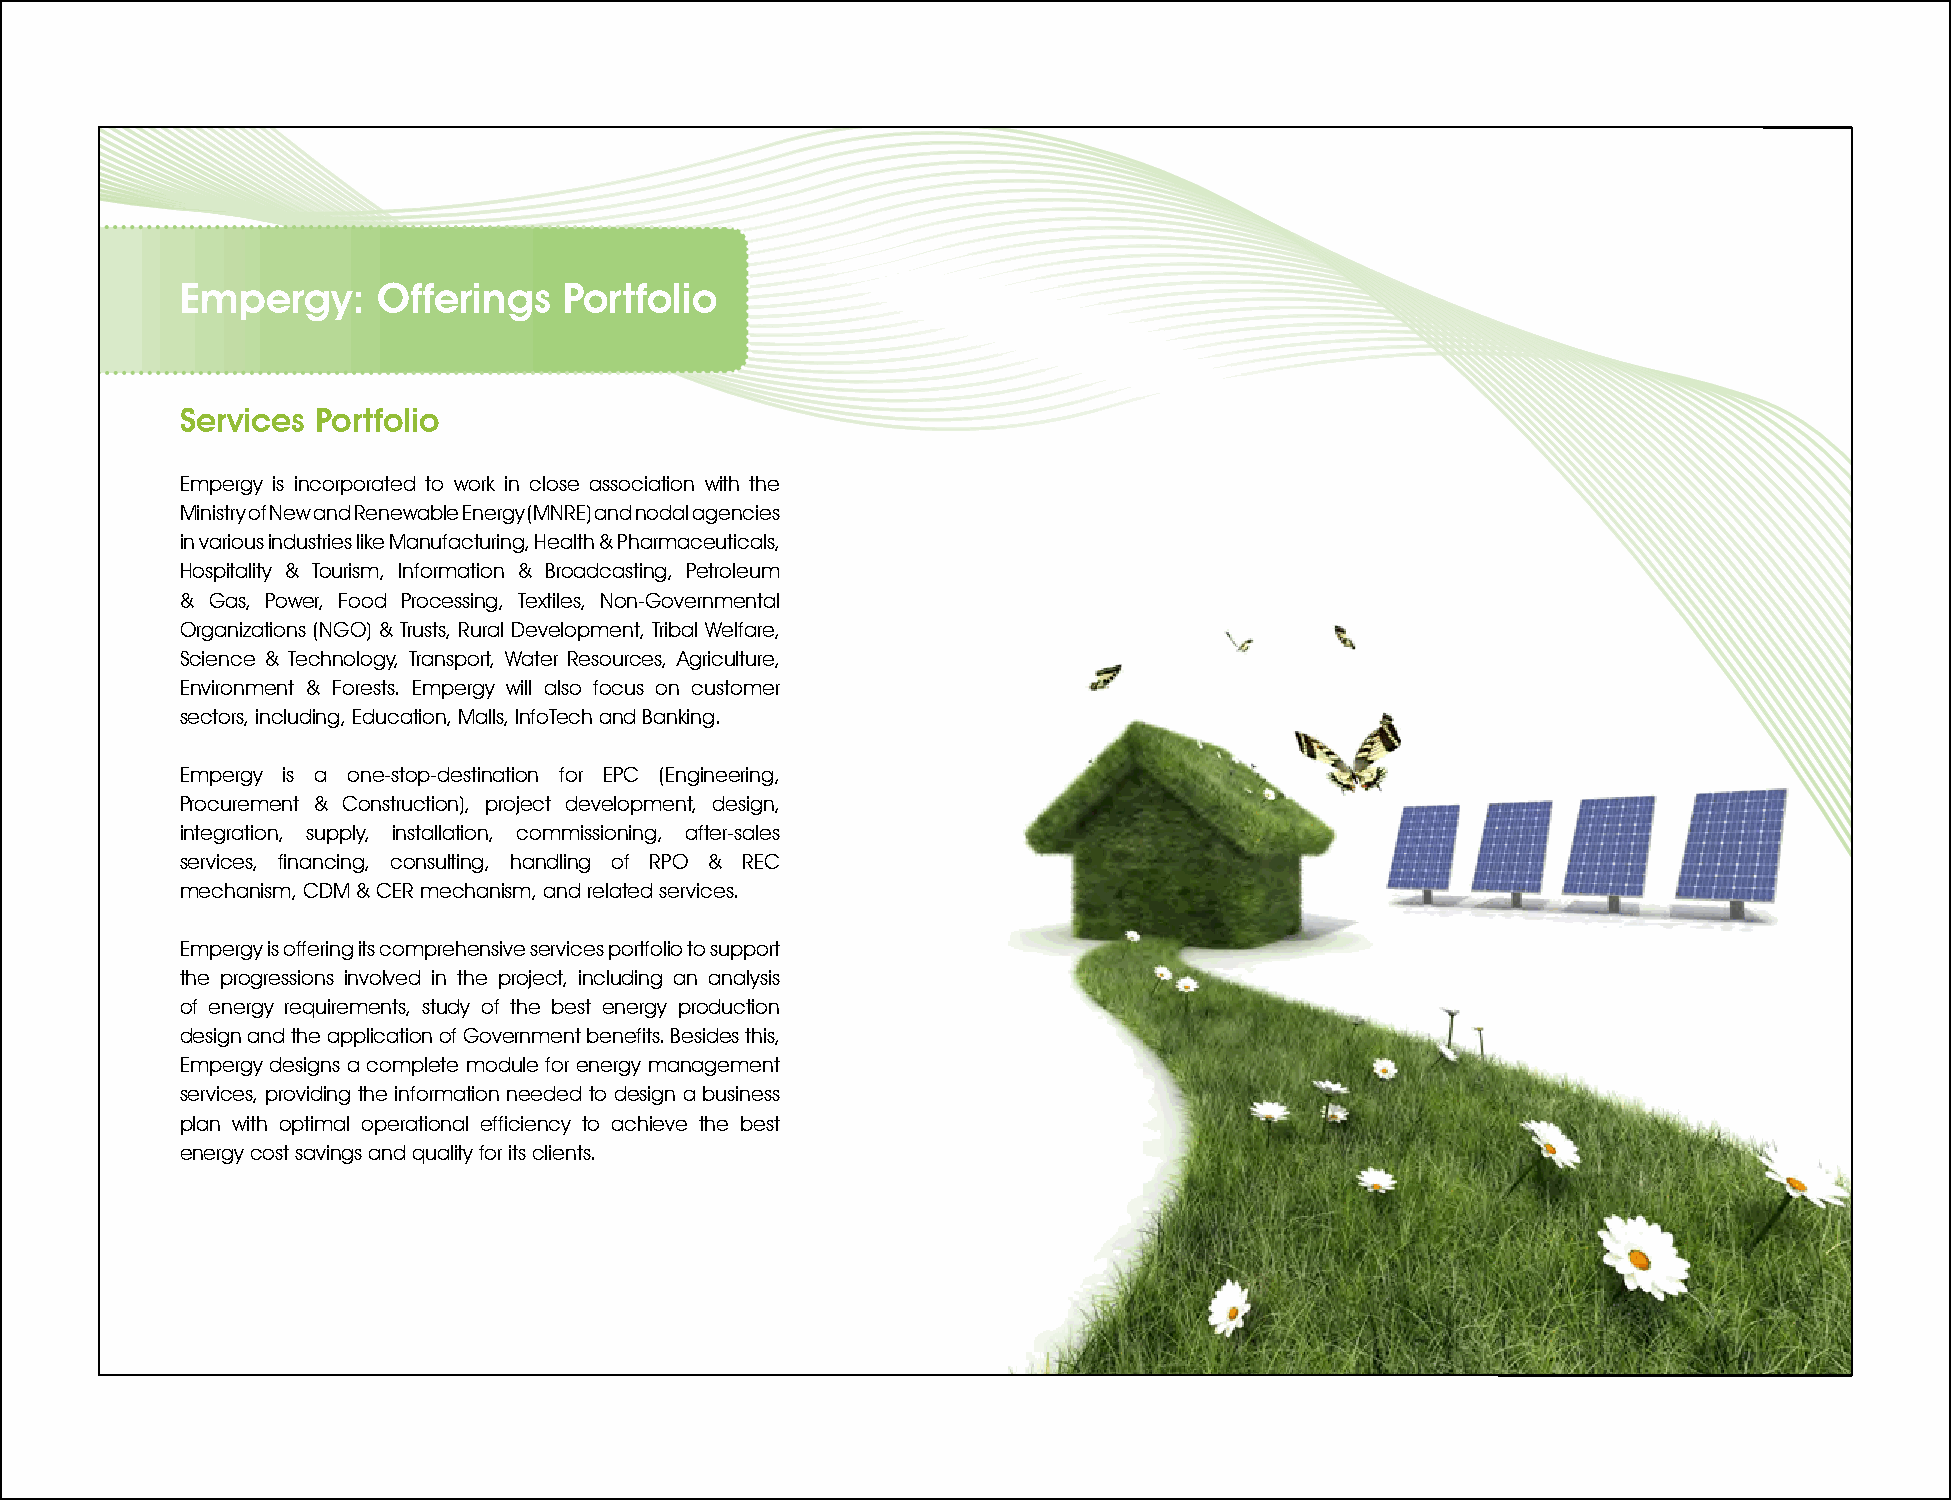
Empergy:     Offerings   Portfolio
 Services Portfolio
 Empergy is incorporated to work in close association with the
 Ministry of New and Renewable Energy (MNRE) and nodal agencies
 in various industries like Manufacturing, Health & Pharmaceuticals,
 Hospitality & Tourism, Information & Broadcasting, Petroleum
 & Gas, Power, Food Processing, Textiles, Non-Governmental
 Organizations (NGO) & Trusts, Rural Development, Tribal Welfare,
 Science & Technology, Transport, Water Resources, Agriculture,
 Environment & Forests. Empergy will also focus on customer
 sectors, including, Education, Malls, InfoTech and Banking.
 Empergy is a one-stop-destination for EPC (Engineering,
 Procurement & Construction), project development, design,
 integration, supply, installation, commissioning, after-sales
 services, financing, consulting, handling of RPO & REC
 mechanism, CDM & CER mechanism, and related services.
 Empergy is offering its comprehensive services portfolio to support
 the progressions involved in the project, including an analysis
 of energy requirements, study of the best energy production
 design and the application of Government benefits. Besides this,
 Empergy designs a complete module for energy management
 services, providing the information needed to design a business
 plan with optimal operational efficiency to achieve the best
 energy cost savings and quality for its clients.